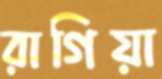
রাগিয়া